Civil Veterinary Department Bihar & Orissa reports 1929-36 - 1929-1936
Year: 1929
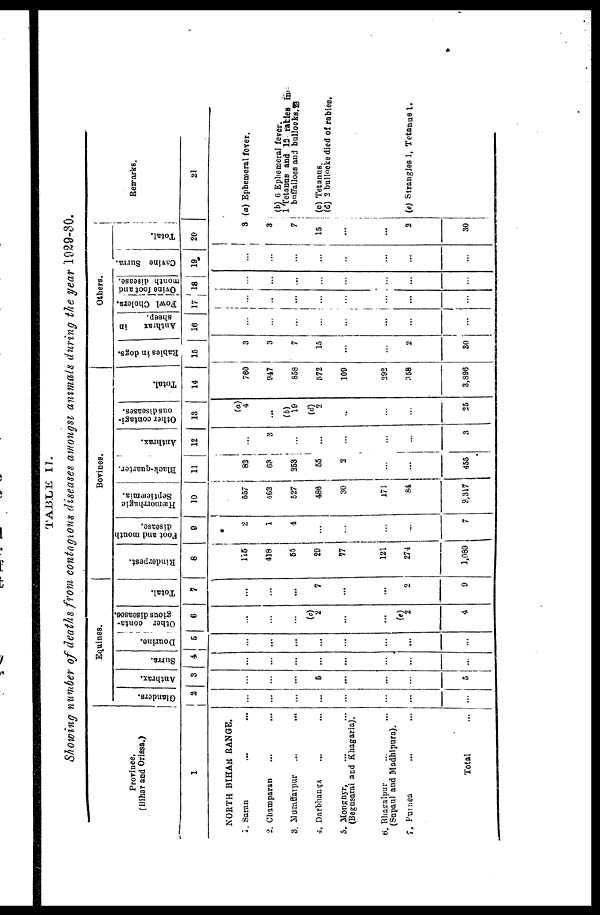
TABLE II.
Showing number of deaths from contagious diseases amongst animals during the year 1929-30.
Province.
(Bihar and Orissa.)
1
NORTH BIHAR RANGE.
1. Saran ... ...
2. Champaran ... ...
3. Muzaffarpur ... ...
4. Darbhanga ... ...
5. Monghyr,
(Begusarai and Khagaria).
6. Bhagalpur ... ...
(Sapaul and Madhipura).
7. Parnea ... ...
Total
...
Equines.
Glanders.
2
...
...
...
...
...
...
...
...
Anthrax.
3
...
...
...
5
...
...
...
5
Sur r a.
4
...
...
...
...
...
...
...
...
Dour i
ne.
5
...
...
...
...
...
...
...
...
Other conta-
gious diseases.
6
...
...
...
(c) 2
...
(e)
2
4
Total.
7
...
...
...
7
...
...
...
9
Bovines.
Rinderpest.
8
115
418
55
29
77
121
274
1,089
Foot and mouth
disease.
9
2
1
4
...
...
...
...
7
Hæmorrhagic
Septicæmia.
10
557
463
527
486
30
171
84
2,317
Black-quarter.
11
82
63
253
55
2
...
...
455
Anthrax.
12
...
3
...
...
...
...
...
3
Other contagi-
ous diseases.
13
(a)
4
...
(b)
19
(d)
2
...
...
...
25
Total.
14
760
947
858
572
109
292
358
3,896
Others.
Rabies in dogs.
15
3
3
7
15
...
...
2
30
Anthrax
in
sheep.
16
...
...
...
...
...
...
...
...
Fowl Cholera.
17
...
1
...
...
...
...
...
...
Ovine foot and
month disease.
18
...
...
...
...
...
...
...
...
Cavine Surra.
19
...
...
...
...
...
...
...
...
Total.
20
3
3
7
15
2
30
Remarks.
21
(a) Ephemeral fever.
(b) 6 Ephemeral fever.
1 Tetanus and 13 rabies in
buffalloes and bullooks.
(c) Tetanus.
(d) 2 bullocks died of rabies,
(e) Strangles 1, Tetanus 1.